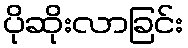
ပိုဆိုးလာခြင်း